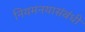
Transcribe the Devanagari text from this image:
नियमनयासंबंधी